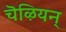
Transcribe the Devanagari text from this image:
चॆऴियन्